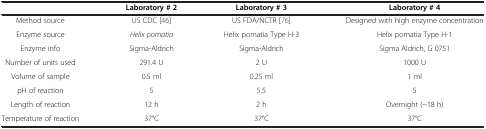
|  | Laboratory # 2 | Laboratory # 3 | Laboratory # 4 |
 | --- | --- | --- | --- |
 | Method source | US CDC [46] | US FDA/NCTR [76] | Designed with high enzyme concentration |
 | Enzyme source | Helix pomatia | Helix pomatia Type H-3 | Helix pomatia Type H-1 |
 | Enzyme info | Sigma-Aldrich | Sigma-Aldrich | Sigma Aldrich, G 0751 |
 | Number of units used | 291.4 U | 2 U | 1000 U |
 | Volume of sample | 0.5 ml | 0.25 ml | 1 ml |
 | pH of reaction | 5 | 5.5 | 5 |
 | Length of reaction | 12 h | 2 h | Overnight (~18 h) |
 | Temperature of reaction | 37°C | 37°C | 37°C |